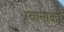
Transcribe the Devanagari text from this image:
ग्वानाको